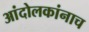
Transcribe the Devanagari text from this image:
आंदोलकांनाच